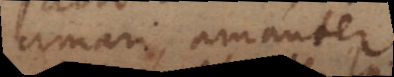
amari, amanter,